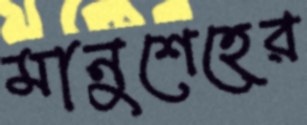
মানুশেহের